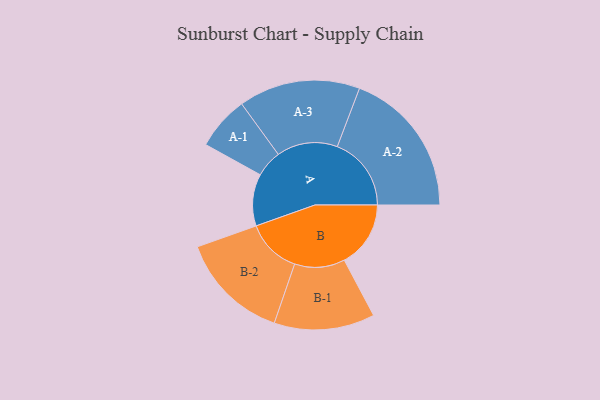
{"axis": {"x": "Segment", "y": "Value"}, "legend": ["", "A", "B"], "data": [{"x": "A", "y": 197, "type": ""}, {"x": "B", "y": 252, "type": ""}, {"x": "A-1", "y": 102, "type": "A"}, {"x": "A-2", "y": 281, "type": "A"}, {"x": "A-3", "y": 231, "type": "A"}, {"x": "B-1", "y": 191, "type": "B"}, {"x": "B-2", "y": 209, "type": "B"}]}